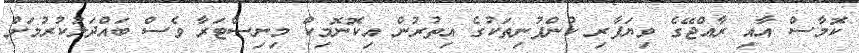
ކޮމާސް އާއި ރާއްޖޭގެ ވިޔަފާރި ކުންފުނިތަކުގެ އިތުރުން އިކޮނޮމިކް މިނިސްޓަރާ ވެސް ބައްދަލުކުރުމަށް